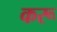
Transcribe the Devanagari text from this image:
करू